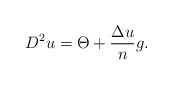
\begin{align*}D^{2}u=\Theta +\frac{\Delta u}{n}g. \end{align*}